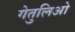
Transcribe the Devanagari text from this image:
गेतुलिओ